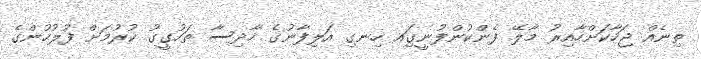
ތިނެއް ޖަހާކަށްހާއިރު މާލޭ ފެންކުންފުނީގަިއ ހިނގި އަލިފާނުގެ ހާދިސާ ތަހުގީގު ކުރުމަށް ފުލުހުންގެ